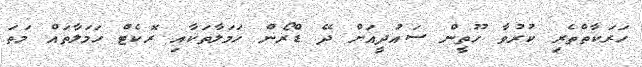
ހަރަކާތްތެރި ކުރުވާ ހޫތީން ސައުދީއަށް ދޭ ޑްރޯން ހަަމަލާތަކާއި ރޮކެޓް ހަމަލާތައް މަތަ